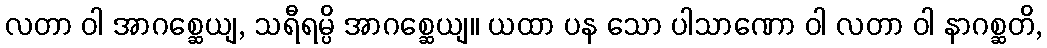
လတာ ဝါ အာဂစ္ဆေယျ, သရီရမ္ပိ အာဂစ္ဆေယျ။ ယထာ ပန သော ပါသာဏော ဝါ လတာ ဝါ နာဂစ္ဆတိ,